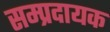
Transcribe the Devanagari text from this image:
सम्‍प्रदायक